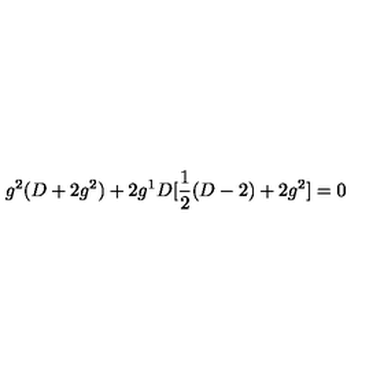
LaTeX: g ^ { 2 } ( D + 2 g ^ { 2 } ) + 2 g ^ { 1 } D [ \frac { 1 } { 2 } ( D - 2 ) + 2 g ^ { 2 } ] = 0